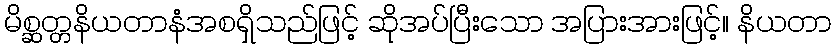
မိစ္ဆတ္တနိယတာနံအစရှိသည်ဖြင့် ဆိုအပ်ပြီးသော အပြားအားဖြင့်။ နိယတာ